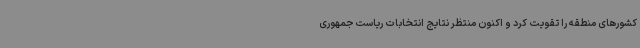
کشورهای منطقه را تقویت کرد و اکنون منتظر نتایج انتخابات ریاست جمهوری